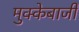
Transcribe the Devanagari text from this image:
मुक्‍केबाजी